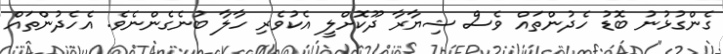
ގެންގުޅުނު ބޮޑު ހެދުންތައް ވެސް ޝިޔާރާ ދޫކޮށްލީ އެކުވެރި ހާލާ ބުނެގެންނެވެ. އެހެދުންތައް